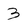
Character: 3